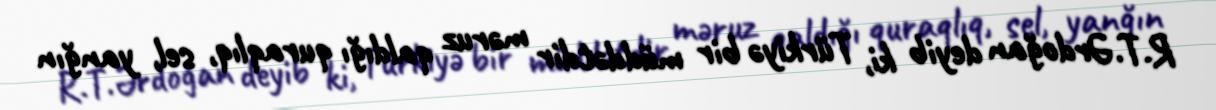
R.T.Ərdoğan deyib ki, Türkiyə bir müddətdir məruz qaldığı quraqlıq, sel, yanğın